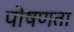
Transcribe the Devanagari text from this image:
पोषणता